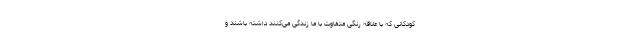
کودکانی که با علاقه رنگی متفاوت با ما زندگی می‌کنند داشته باشند و